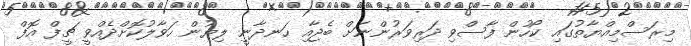
މިރަސްމިއްޔާތުގައި ކޯހުން ފާސްވި ދަރިވަރުންނަށް ބެޖާއި ހަނދާނީ ލިޔުން ހަވާލުކޮށްދެއްވީ ޗީފް އޮފް